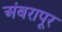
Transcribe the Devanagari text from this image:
अंबरापूर